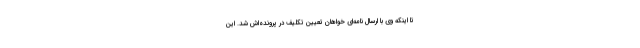
تا اینکه وی با ارسال نامه‌ای خواهان تعیین تکلیف در پرونده‌اش شد. این